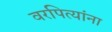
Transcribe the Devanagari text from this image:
वरपित्यांना